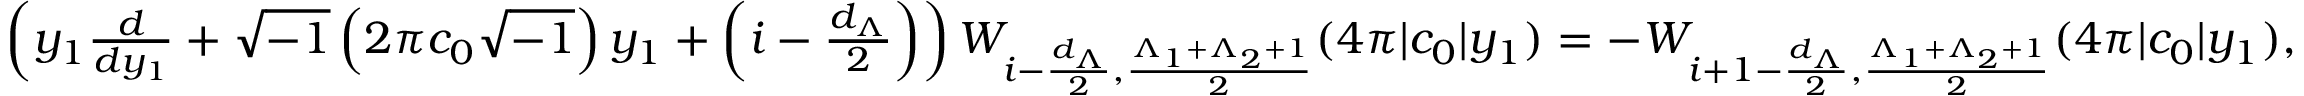
\begin{array} { r } { \left( y _ { 1 } \frac { d } { d y _ { 1 } } + \sqrt { - 1 } \left( 2 \pi c _ { 0 } \sqrt { - 1 } \right) y _ { 1 } + \left( i - \frac { d _ { \Lambda } } { 2 } \right) \right) W _ { i - \frac { d _ { \Lambda } } { 2 } , \frac { \Lambda _ { 1 } + \Lambda _ { 2 } + 1 } { 2 } } ( 4 \pi | c _ { 0 } | y _ { 1 } ) = - W _ { i + 1 - \frac { d _ { \Lambda } } { 2 } , \frac { \Lambda _ { 1 } + \Lambda _ { 2 } + 1 } { 2 } } ( 4 \pi | c _ { 0 } | y _ { 1 } ) , } \end{array}